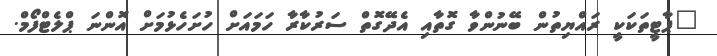
"ޕާޓީތަކަކީ ރައްޔިތުން ބޭނުންވާ ގޮތާއި އެދޭގޮތް ސަރުކާރާ ހަމައަށް ހުށަހެޅުމަށް އޮންނަ ޕްލެޓްފޯމް.